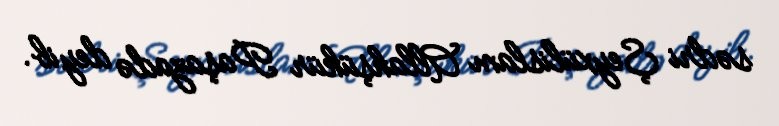
sədri Şeyxülislam Allahşükür Paşazadə deyib.